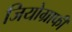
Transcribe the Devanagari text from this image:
जियोग्राफी